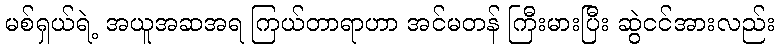
မစ်ရှယ်ရဲ့ အယူအဆအရ ကြယ်တာရာဟာ အင်မတန် ကြီးမားပြီး ဆွဲငင်အားလည်း